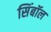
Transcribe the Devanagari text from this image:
सिंबॉल